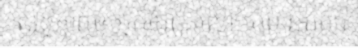
លទ្ធភាពឲ្យអ្នកដែលរំលោភបំពានកុមារ